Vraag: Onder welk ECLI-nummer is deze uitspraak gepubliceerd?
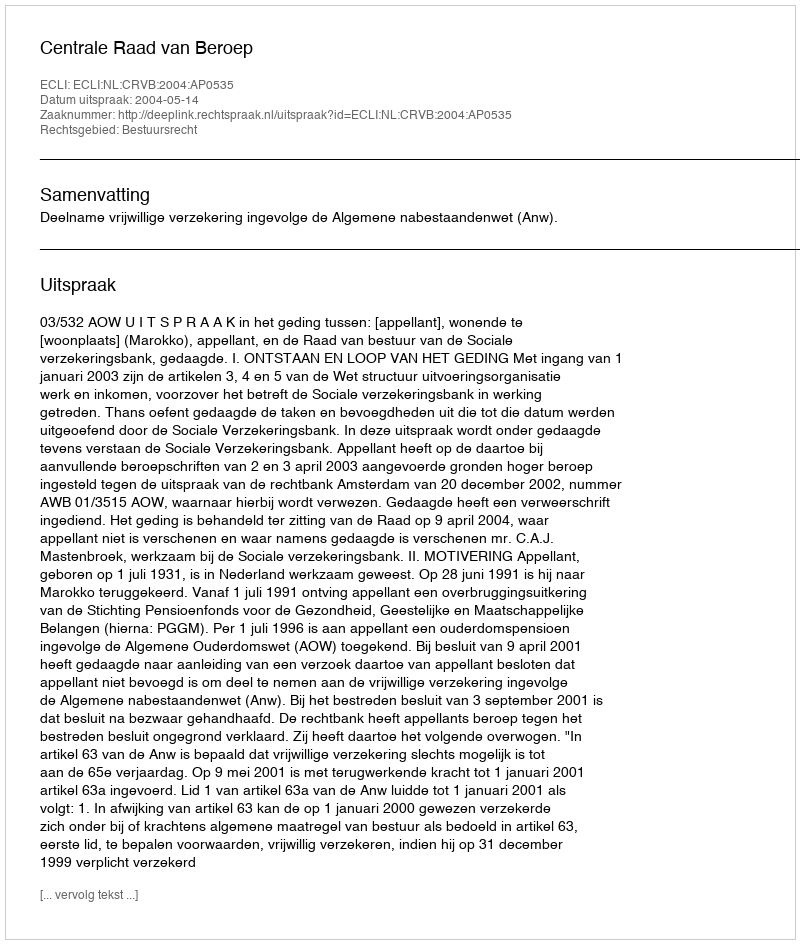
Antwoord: ECLI:NL:CRVB:2004:AP0535